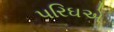
પરિઘએ